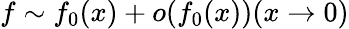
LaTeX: f\sim f_{0}(x)+o(f_{0}(x))(x\rightarrow 0)